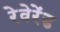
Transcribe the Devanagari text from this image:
रेवेरेंड